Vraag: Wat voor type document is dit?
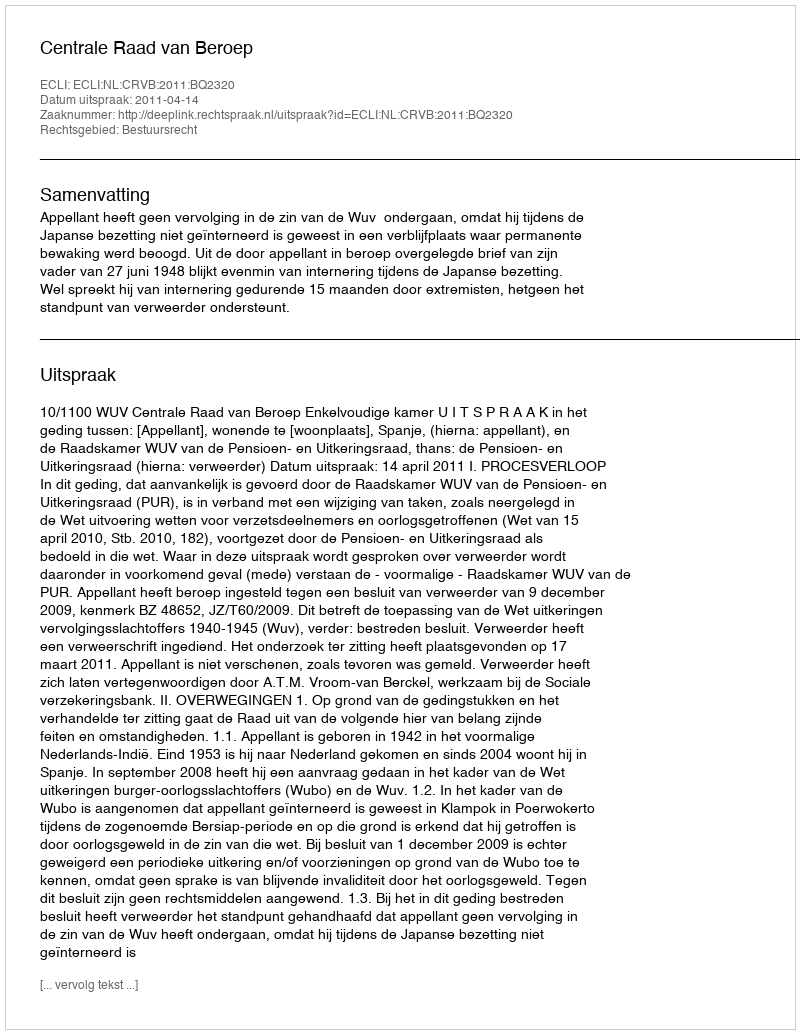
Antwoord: Uitspraak